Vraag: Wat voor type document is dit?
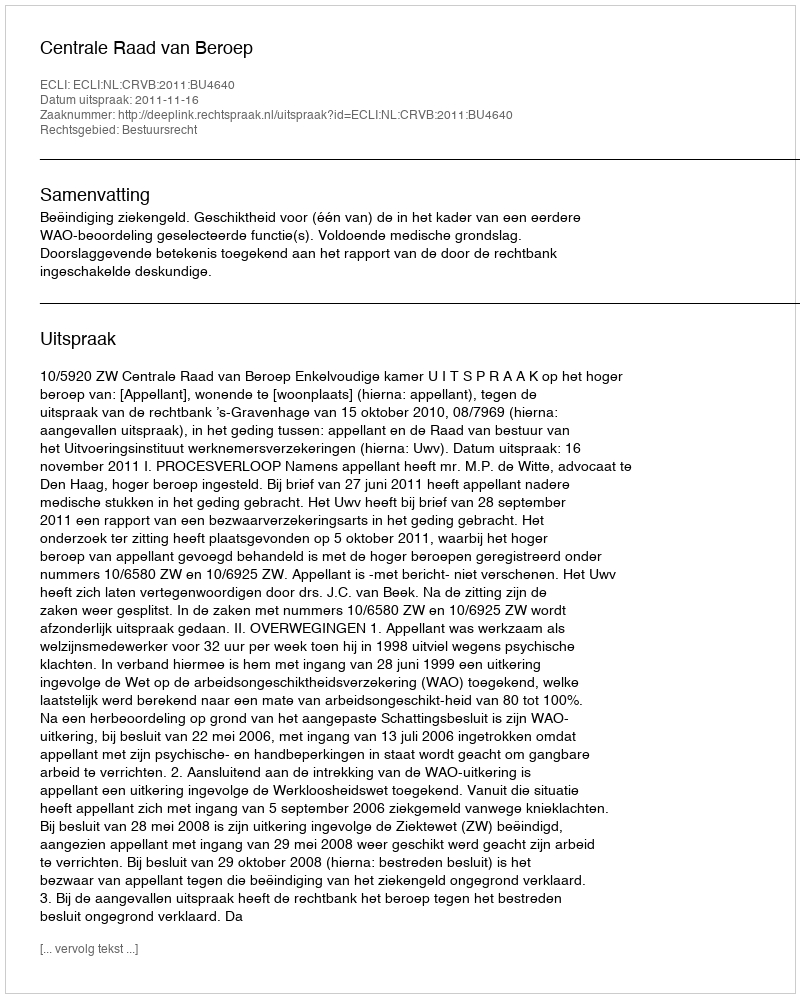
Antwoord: Uitspraak